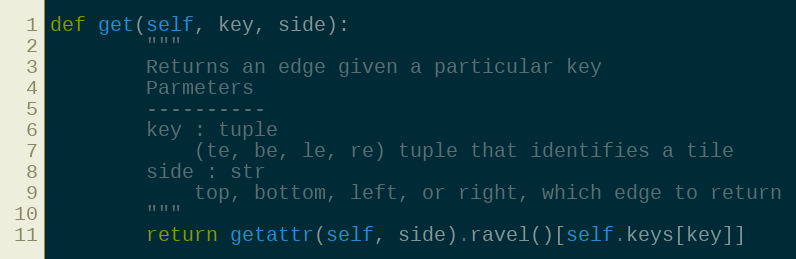
Language: Python
def get(self, key, side):
        """
        Returns an edge given a particular key
        Parmeters
        ----------
        key : tuple
            (te, be, le, re) tuple that identifies a tile
        side : str
            top, bottom, left, or right, which edge to return
        """
        return getattr(self, side).ravel()[self.keys[key]]